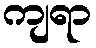
ကျရာ